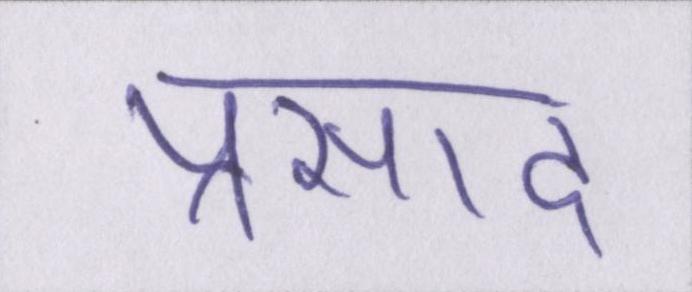
प्रसाद